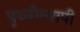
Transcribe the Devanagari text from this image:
पृथ्वीव्यापी